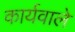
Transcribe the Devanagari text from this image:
कार्यवाले